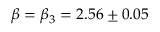
\beta = \beta _ { 3 } = 2 . 5 6 \pm 0 . 0 5